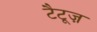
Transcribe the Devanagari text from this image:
टैटूज़